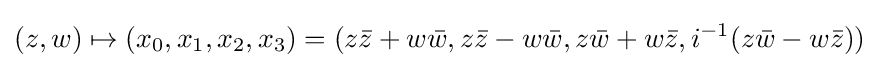
(z,w)\mapsto (x_{0},x_{1},x_{2},x_{3})=(z{\bar {z}}+w{\bar {w}},z{\bar {z}}-w{\bar {w}},z{\bar {w}}+w{\bar {z}},i^{-1}(z{\bar {w}}-w{\bar {z}}))